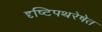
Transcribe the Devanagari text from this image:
दृष्टिपथरेषेत